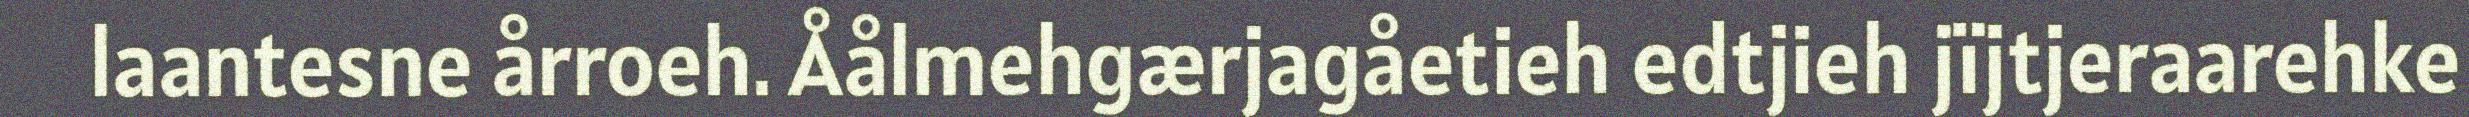
laantesne årroeh. Åålmehgærjagåetieh edtjieh jïjtjeraarehke